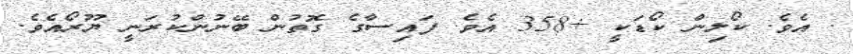
. އެވެ. ކޯލިން ކޯޑަކީ +358 އެވެ. ފައިސާގެ ގޮތުން ބޭނުންކުރަނީ ޔޫރޯއެވެ.